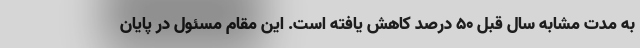
به مدت مشابه سال قبل ۵۰ درصد کاهش یافته است. این مقام مسئول در پایان